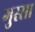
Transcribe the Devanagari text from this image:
गुस्‍सा